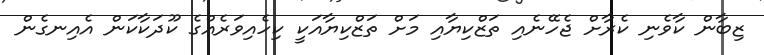
ޒިބާން ކާވެނި ކެރާށް ޖެހޭނެއި ތަޒްކިޔާއި މަށް ތަޒްކިޔާއަކީ ކިހެއިވަރެއްގެ ކޫދަކާކަން އެއިނގެން